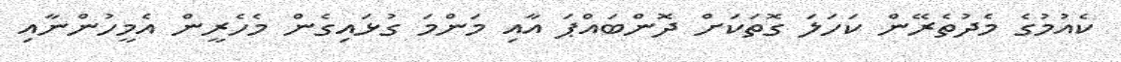
ކެއުމުގެ މެދުތެރޭން ކަހަލަ ގޮތަކަށް ދޮންބައްޕަ އާއި މަންމަ ގުޅައިގެން މެހެރީން އެމީހުންނާއި